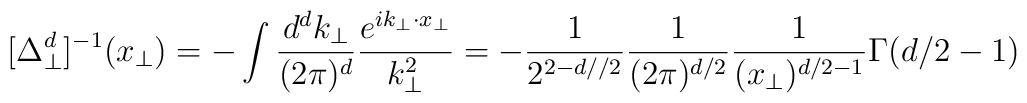
[\Delta^d_\perp]^{-1}(x_\perp) = - \int \frac{d^dk_\perp}{(2\pi)^d}\frac{e^{i k_\perp \cdot x_\perp}}{k_\perp^2} = -\frac{1}{2^{2-d//2}}\frac{1}{(2 \pi)^{d/2}}\frac{1}{(x_\perp)^{d/2-1}} \Gamma(d/2 -1)